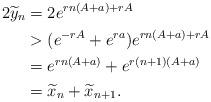
LaTeX: \begin{align*} 2\widetilde y_n & = 2e^{rn(A+a)+rA} \\ & > (e^{-rA}+e^{ra})e^{rn(A+a)+rA} \\ & = e^{rn(A+a)} + e^{r(n+1)(A+a)} \\ & =\widetilde x_n + \widetilde x_{n+1}.\end{align*}